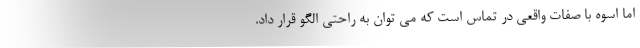
اما اسوه با صفات واقعی در تماس است که می توان به راحتی الگو قرار داد.